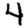
Digit: 4